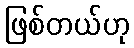
ဖြစ်တယ်ဟု